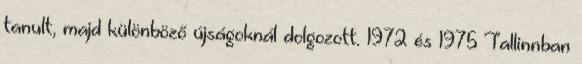
tanult, majd különböző újságoknál dolgozott. 1972 és 1975 Tallinnban